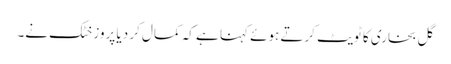
گل بخاری کا ٹویٹ کرتے ہوئے کہنا ہے کہ کمال کر دیا پروز خٹک نے۔